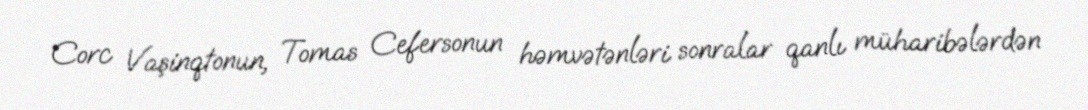
Corc Vaşinqtonun, Tomas Cefersonun həmvətənləri sonralar qanlı müharibələrdən